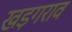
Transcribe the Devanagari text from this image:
खड़गराव